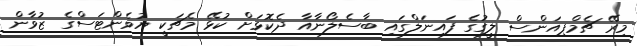
މިރޭ ޗެމްޕިއަންސް ލީގުގެ ފައިނަލްގައި ބާސެލޯނާއާ ދެކޮޅަށް ކުޅޭ މެޗަކީ ޔުވެންޓަސްގެ ޒުވާން